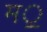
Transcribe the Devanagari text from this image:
म॒